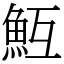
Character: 魱